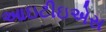
આઇટીઇએસ